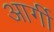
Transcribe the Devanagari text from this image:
आर्गी